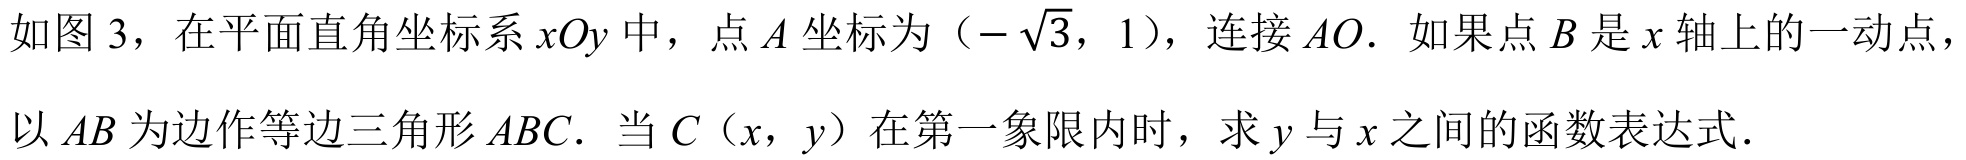
如图 3，在平面直角坐标系 \(xOy\) 中，点 \(A\)坐标为\((-\sqrt{3},1)\)，连接 \(AO\). 如果点 \(B\)是 \(x\)轴上的一动点，
以 \(AB\)为边作等边三角形 \(ABC\). 当 \(C(x,y)\)在第一象限内时，求 \(y\)与 \(x\)之间的函数表达式.